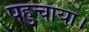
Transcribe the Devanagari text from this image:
पहुचाया।